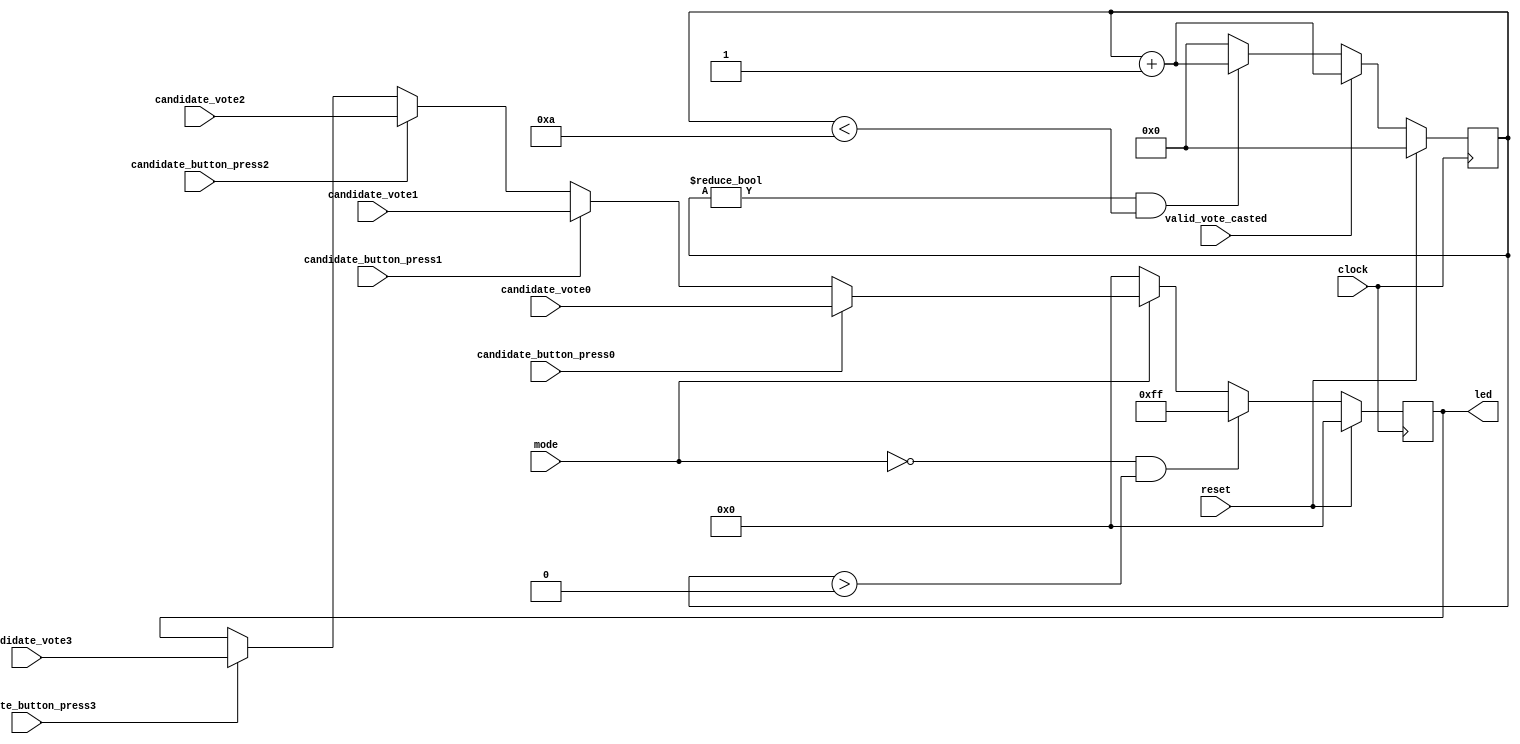
`timescale 1ns/1ps
module modeControl (
    input clock,
    input reset,
    input mode,
    input valid_vote_casted,
    input [7:0]candidate_vote0,
    input [7:0]candidate_vote1,
    input [7:0]candidate_vote2,
    input [7:0]candidate_vote3,
    input candidate_button_press0,
    input candidate_button_press1,
    input candidate_button_press2,
    input candidate_button_press3,
    output reg [7:0]led
);
  reg [30:0]counter;
  always @(posedge clock) 
  begin
   if(reset)
      counter <= 0;
   else if(valid_vote_casted)
      counter <= counter + 1;
   else if(counter != 0 & counter < 10)
      counter <= counter + 1;
   else
      counter <= 0;        
  end

  always @(posedge clock) 
  begin
    if(reset)
      led <= 0;
    else
    begin
        if(mode == 0 & counter > 0)
           led <= 8'hFF;
        else if(mode == 0)
           led <= 8'h00;
        else if(mode == 1)
        begin
            if(candidate_button_press0)
               led <= candidate_vote0;
            else if(candidate_button_press1)
               led <= candidate_vote1;
            else if(candidate_button_press2)
               led <= candidate_vote2;
            else if(candidate_button_press3)
               led <= candidate_vote3;         
        end      
    end
  end
endmodule